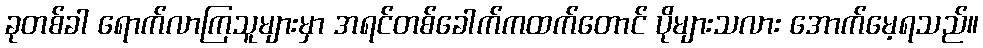
ခုတစ်ခါ ရောက်လာကြသူများမှာ အရင်တစ်ခေါက်ကထက်တောင် ပိုများသလား အောက်မေ့ရသည်။